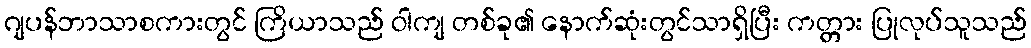
ဂျပန်ဘာသာစကားတွင် ကြိယာသည် ဝါကျ တစ်ခု၏ နောက်ဆုံးတွင်သာရှိပြီး ကတ္တား ပြုလုပ်သူသည်